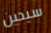
سيحين